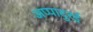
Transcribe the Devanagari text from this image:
अप्पादुरई